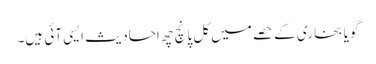
گویا بخاری کے حصے میں کل پانچ چھ احادیث ایسی آئی ہیں۔